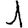
Digit: 1